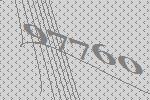
97760